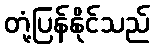
တုံ့ပြန်နိုင်သည်